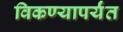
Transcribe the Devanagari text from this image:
विकण्यापर्यंत